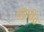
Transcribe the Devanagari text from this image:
चंद्रपीठ